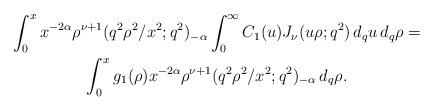
LaTeX: \begin{align*}\begin{gathered}\int_0^x x^{-2\alpha} \rho^{\nu+1} ({q^2\rho^2}/{x^2}; q^2)_{-\alpha} \int_0^\infty C_1(u) J_\nu (u\rho; q^2) \,d_q u\,d_q \rho = \\ \int_0^x g_1 (\rho) x^{-2\alpha} \rho^{\nu+1} ({q^2\rho^2}/{x^2}; q^2)_{-\alpha} \,d_q\rho.\end{gathered} \end{align*}